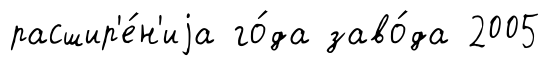
расшир'е́н'иjа го́да заво́да 2005